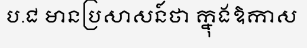
ប.ជ មានប្រសាសន៍ថា ក្នុងឱកាស